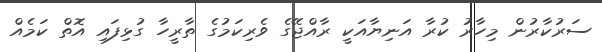
ސަރުކާރުން މިހާރު ކުރާ އަނިޔާއަކީ ރާއްޖޭގެ ވެރިކަމުގެ ތާރީހާ ގުޅިފައި އޮތް ކަމެއް